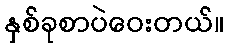
နှစ်ခုစာပဲဝေးတယ်။